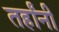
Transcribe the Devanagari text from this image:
तर्हांनी